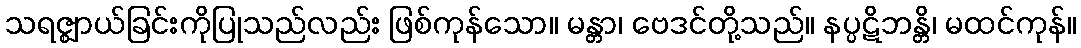
သရဇ္ဈာယ်ခြင်းကိုပြုသည်လည်း ဖြစ်ကုန်သော။ မန္တာ၊ ဗေဒင်တို့သည်။ နပ္ပဋိဘန္တိ၊ မထင်ကုန်။